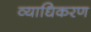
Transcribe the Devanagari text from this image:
व्याधिकरण